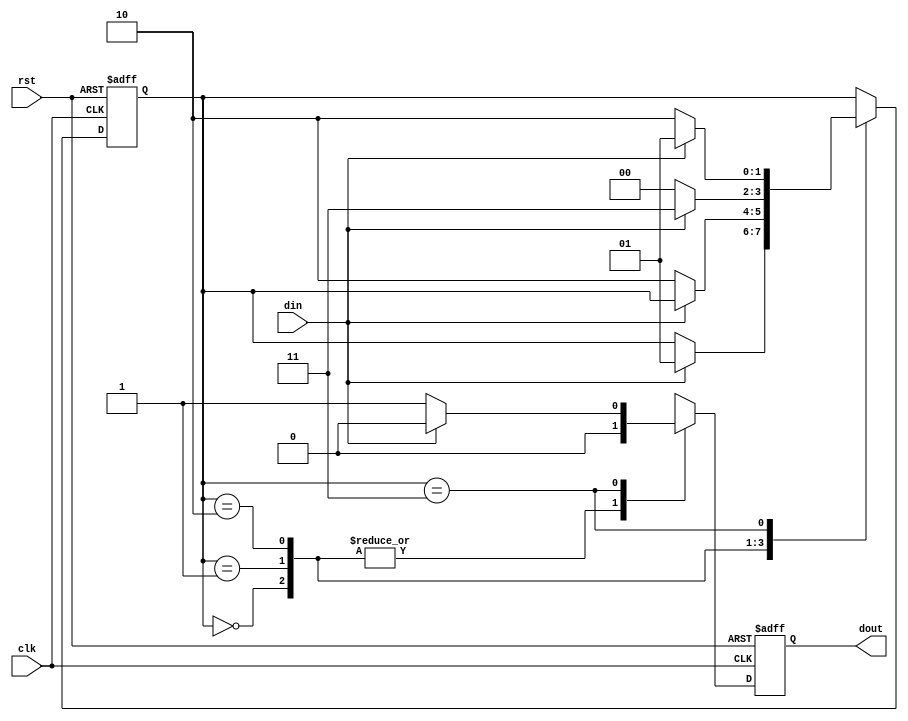
`timescale 1ns / 1ps
 
// Module Name: mealy1010

// ***Using 1 always block***

module mealy1010(din,clk,rst,dout );
input din,clk,rst;
output reg dout;
parameter s0=2'd0,s1=2'd1,s2=2'd2,s3=2'd3;
reg [1:0]ps ;
  always @(posedge clk or posedge rst) begin
    if(rst) begin
      dout <= 1'b0;
      ps <= s0;
    end
    else begin
      case(ps)
        s0: begin
          if(din) begin
            ps <= s1;
            dout <=1'b0;
          end
          else
            dout <=1'b0;
        end
        s1: begin
          if(~din) begin
            ps <= s2;
            dout <=1'b0;
          end
          else begin
            dout <=1'b0;
          end
        end
        s2: begin
          if(~din) begin
            ps <= s0;
            dout <=1'b0;
          end
          else begin
            ps <= s3;
            dout <=1'b0;
          end
        end
        s3: begin
          if(din) begin
            ps <= s1;
            dout <=1'b0;
          end
          else begin
            ps <= s2;
            dout <=1'b1;
          end
        end
      endcase
    end
  end
endmodule
   
//TestBench code

module tb_mealy1010();
reg din,clk,rst;
wire dout;
mealy1010 uut(din,clk,rst,dout );

initial begin
 clk=1'b0; rst=1; din=0; 
 #5 rst = 1'b0; 
 #6 din = 1;
 #4 din = 0;
 #4 din = 1;
 #4 din = 0;
 #4 din = 1;
 #4 din = 0;
 #4 din = 1;
 #4 din = 0;
 #10; $finish; end
 
 always #2 clk= ~clk;
endmodule